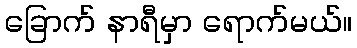
ခြောက် နာရီမှာ ရောက်မယ်။